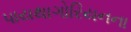
પાયથાગોરિયનના